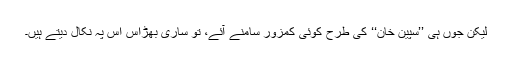
لیکن جوں ہی ’’سپین خان‘‘ کی طرح کوئی کمزور سامنے آئے، تو ساری بھڑاس اس پہ نکال دیتے ہیں۔